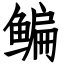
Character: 鳊